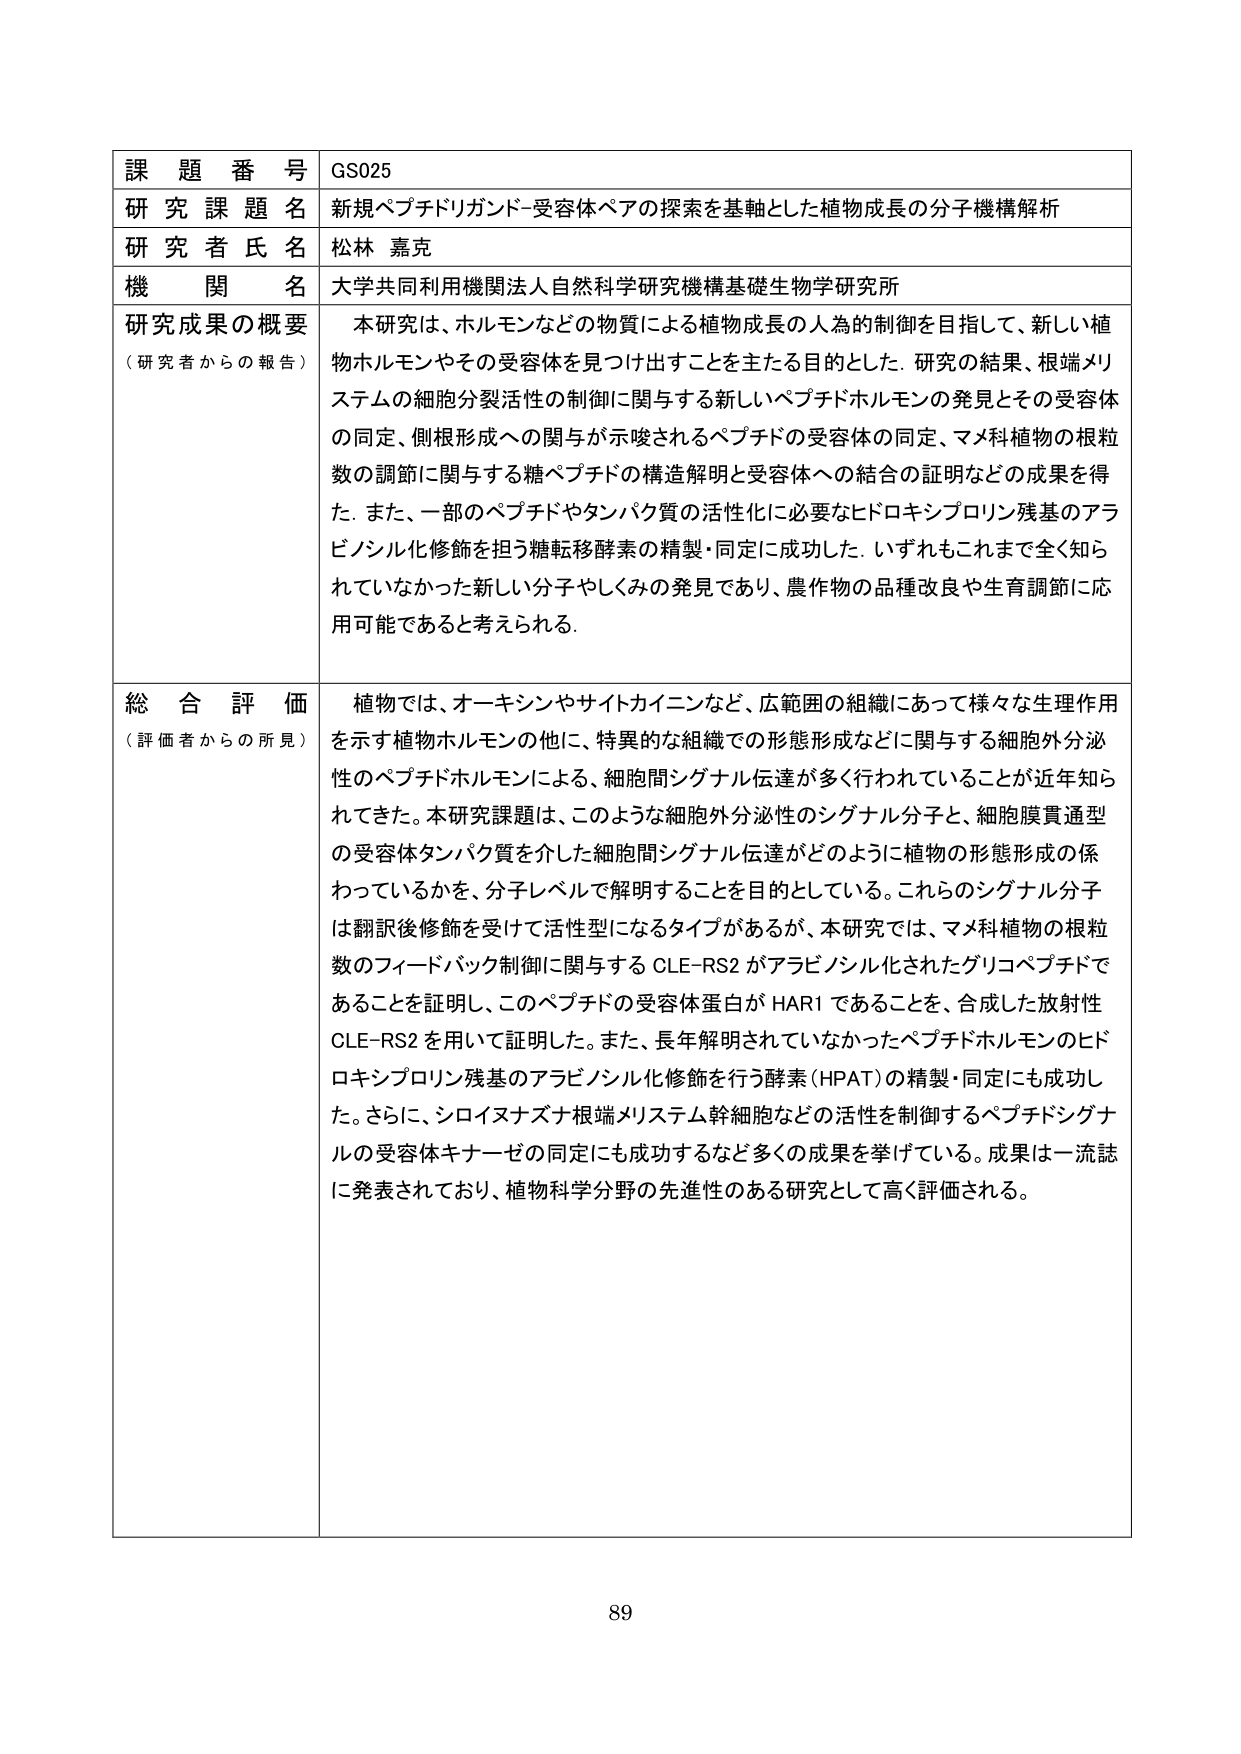
課題番号 GS025
研究課題名 新規ペプチドリガンド-受容体ペアの探索を基軸とした植物成長の分子機構解析
研究者氏名 松林 嘉克
機関名 大学共同利用機関法人自然科学研究機構基礎生物学研究所
研究成果の概要（研究者からの報告） 本研究は、ホルモンなどの物質による植物成長の人為的制御を目指して、新しい植物ホルモンやその受容体を見つけ出すことを主たる目的とした。研究の結果、根端メリステムの細胞分裂活性の制御に関与する新しいペプチドホルモンの発見とその受容体の同定、側根形成への関与が示唆されるペプチドの受容体の同定、マメ科植物の根粒数の調節に関与する糖ペプチドの構造解明と受容体への結合の証明などの成果を得た。また、一部のペプチドやタンパク質の活性化に必要なヒドロキシプロリン残基のアラビノシル化修飾を担う糖転移酵素の精製・同定に成功した。いずれもこれまで全く知られていなかった新しい分子やしくみの発見であり、農作物の品種改良や生育調節に応用可能であると考えられる。
総合評価（評価者からの所見） 植物では、オーキシンやサイトカイニンなど、広範囲の組織にあって様々な生理作用を示す植物ホルモンの他に、特異的な組織での形態形成などに関与する細胞外分泌性のペプチドホルモンによる、細胞間シグナル伝達が多く行われていることが近年知られてきた。本研究課題は、このような細胞外分泌性のシグナル分子と、細胞膜貫通型の受容体タンパク質を介した細胞間シグナル伝達がどのように植物の形態形成の係わっているかを、分子レベルで解明することを目的としている。これらのシグナル分子は翻訳後修飾を受けて活性型になるタイプがあるが、本研究では、マメ科植物の根粒数のフィードバック制御に関与するCLE-RS2がアラビノシル化されたグリコペプチドであることを証明し、このペプチドの受容体蛋白がHAR1であることを、合成した放射性CLE-RS2を用いて証明した。また、長年解明されていなかったペプチドホルモンのヒドロキシプロリン残基のアラビノシル化修飾を行う酵素（HPAT）の精製・同定にも成功した。さらに、シロイヌナズナ根端メリステム幹細胞などの活性を制御するペプチドシグナルの受容体キナーゼの同定にも成功するなど多くの成果を挙げている。成果は一流誌に発表されており、植物科学分野の先進性のある研究として高く評価される。
89